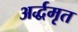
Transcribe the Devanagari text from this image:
अर्द्धमृत